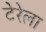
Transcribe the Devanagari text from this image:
टेरेला